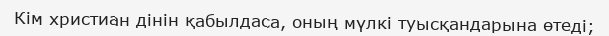
Кім христиан дінін қабылдаса, оның мүлкі туысқандарына өтеді;